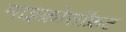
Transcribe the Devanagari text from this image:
माइक्रोसॉफ्रट